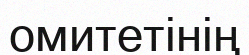
омитетінің